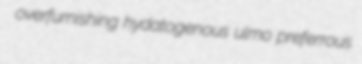
overfurnishing hydatogenous ulmo preferrous